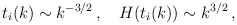
\begin{align*}t_i(k) \sim k^{-3/2}\,,~~~H(t_i(k)) \sim k^{3/2}\,,\end{align*}